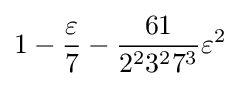
1-{\frac {\varepsilon }{7}}-{\frac {61}{2^{2}3^{2}7^{3}}}\varepsilon ^{2}